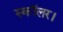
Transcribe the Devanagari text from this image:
स्कॉलर।